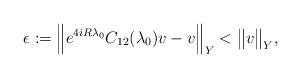
LaTeX: \begin{align*}\epsilon := \Big\lVert e^{4iR\lambda_0}C_{12}(\lambda_0)v - v \Big\rVert_Y< \big\lVert v \big\rVert_Y,\end{align*}